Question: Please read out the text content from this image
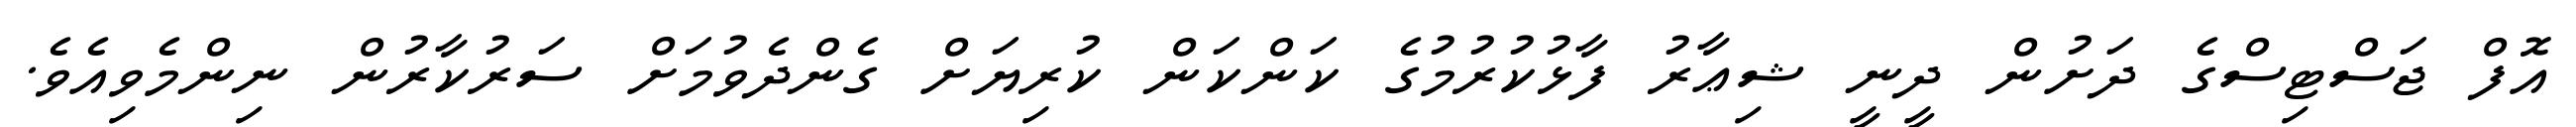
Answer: އޮފް ޖަސްޓިސްގެ ދަށުން ދީނީ ޝިޢާރު ފާޅުކުރުމުގެ ކަންކަން ކުރިޔަށް ގެންދެވުމަށް ސަރުކާރުން ނިންމެވިއެވެ.